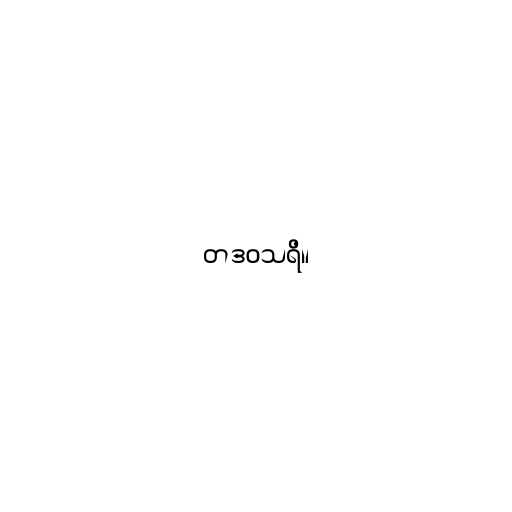
တဒဝသရိ။